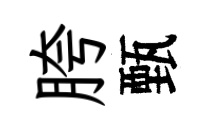
胯甄